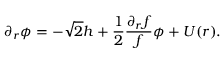
\partial _ { r } \phi = - \sqrt 2 h + { \frac { 1 } { 2 } } { \frac { \partial _ { r } f } { f } } \phi + U ( r ) .